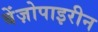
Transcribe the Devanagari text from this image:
बेंज़ोपाइरीन